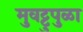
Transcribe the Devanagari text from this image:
मुवट्टुपुळा